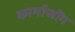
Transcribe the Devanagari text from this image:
कार्मोजोंग